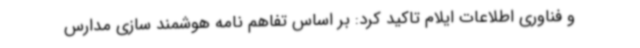
و فناوری اطلاعات ایلام تاکید کرد: بر اساس تفاهم نامه هوشمند سازی مدارس